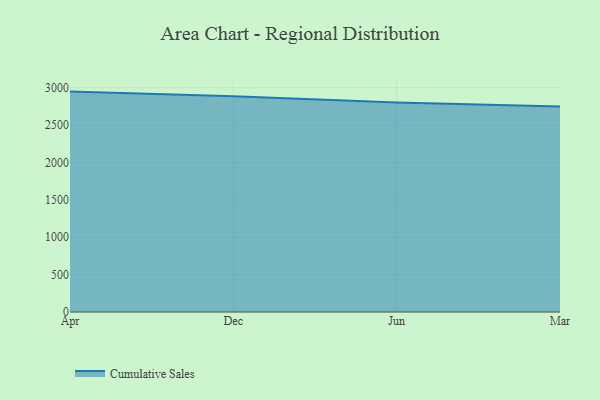
{"axis": {"x": "Month", "y": "Latency (ms)"}, "legend": ["Cumulative Sales"], "data": [{"x": "Apr", "y": 2948.5, "type": "Cumulative Sales"}, {"x": "Dec", "y": 2886.5, "type": "Cumulative Sales"}, {"x": "Jun", "y": 2802.0, "type": "Cumulative Sales"}, {"x": "Mar", "y": 2749.7, "type": "Cumulative Sales"}]}